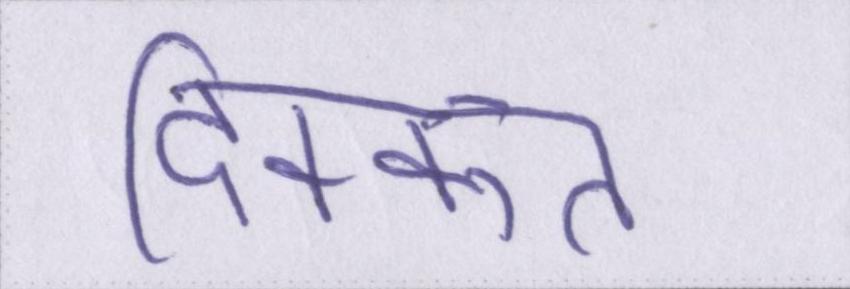
दिक्कत